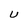
Character: U